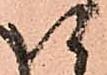
以